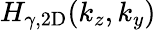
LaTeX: H_{\gamma,\mathrm{{2D}}}(k_{z},k_{y})